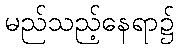
မည်သည့်နေရာ၌